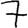
Digit: 7